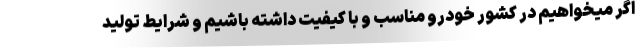
اگر میخواهیم در کشور خودرو مناسب و با کیفیت داشته باشیم و شرایط تولید